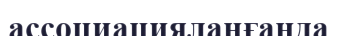
ассоциацияланғанда